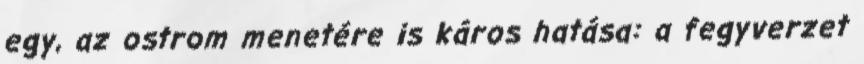
egy, az ostrom menetére is káros hatása: a fegyverzet